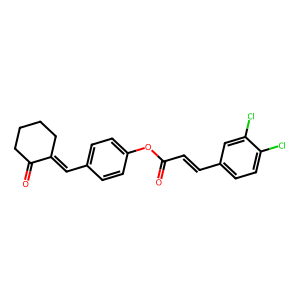
SMILES: O=C(C=Cc1ccc(Cl)c(Cl)c1)Oc1ccc(C=C2CCCCC2=O)cc1
Inhibits HIV replication: No